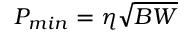
P _ { m i n } = \eta \sqrt { B W }